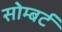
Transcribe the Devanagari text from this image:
सोम्बर्ट